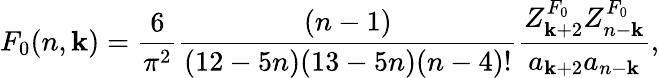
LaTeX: F_{0}(n,\mathbf{k})={\frac{{6}}{{\pi^{2}}}}{\frac{{(n-1)}}{{(12-5n)(13-5n)(n-4)!}}}{\frac{{Z_{\mathbf{k}+2}^{F_{0}}Z_{n-\mathbf{k}}^{F_{0}}}}{{a_{\mathbf{k}+2}a_{n-\mathbf{k}}}}},